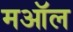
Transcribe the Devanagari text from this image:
मऑल